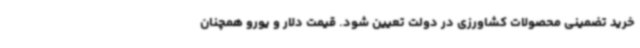
خرید تضمینی محصولات کشاورزی در دولت تعیین شود. قیمت دلار و یورو همچنان